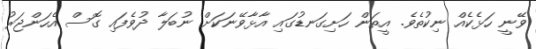
ވޭނީ ހަޅެކެއް ނިކުތެވެ. އީތަން ހަށިގަނޑުގައި އާޅާވޭނަކަށް ނުބަލާ ދުވެފައި ގޮސް އެހަންޖަރު